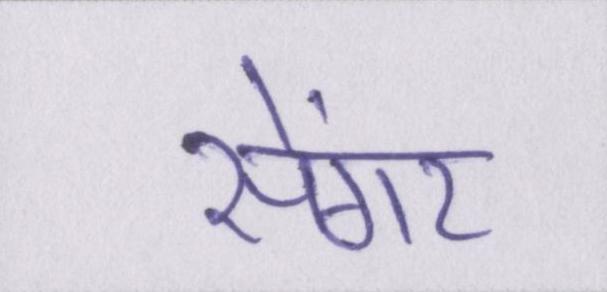
सेंगर